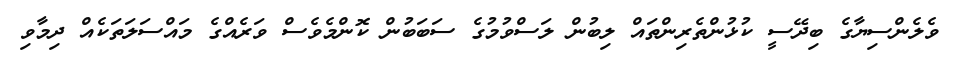
ވެލެންސިޔާގެ ބިދޭސީ ކުޅުންތެރިންތައް ލިބުން ލަސްވުމުގެ ސަބަބުން ކޮންމެވެސް ވަަރެއްގެ މައްސަލަތަކެއް ދިމާވި